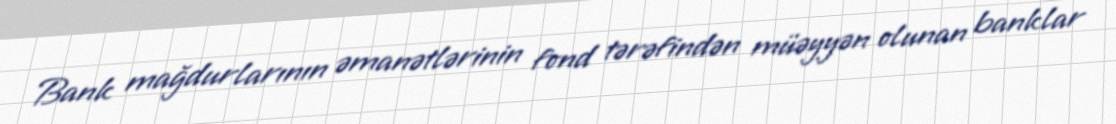
Bank mağdurlarının əmanətlərinin fond tərəfindən müəyyən olunan banklar